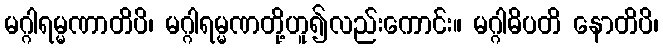
မဂ္ဂါရမ္မဏာတိပိ၊ မဂ္ဂါရမ္မဏတို့ဟူ၍လည်းကောင်း။ မဂ္ဂါဓိပတိ နောတိပိ၊